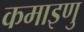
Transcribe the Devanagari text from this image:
कमाइणु